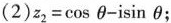
(2)$$z _ { 2 } = \cos θ - i \sin θ$$；